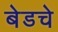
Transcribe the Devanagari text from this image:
बेडचे